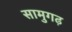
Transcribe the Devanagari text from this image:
सामुगढ़